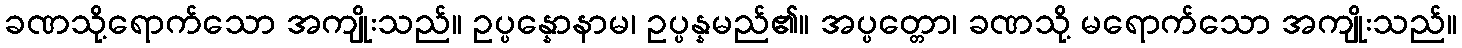
ခဏသို့ရောက်သော အကျိုးသည်။ ဥပ္ပန္နောနာမ၊ ဥပ္ပန္နမည်၏။ အပ္ပတ္တော၊ ခဏသို့ မရောက်သော အကျိုးသည်။